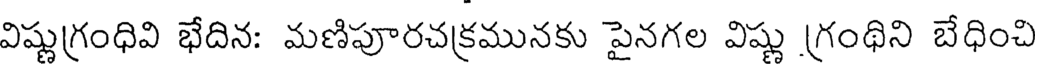
విష్ణుగ్రంధివి భేదిన: మణిపూరచక్రమునకు పైనగల విష్ణు గ్రంథిని బేధించి